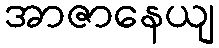
အာဇာနေယျ